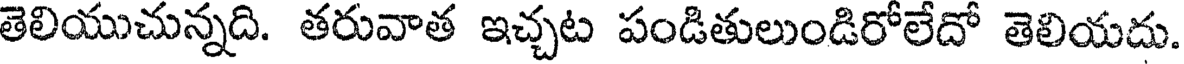
తెలియుచున్నది. తరువాత ఇచ్చట పండితులుండిరోలేదో తెలియదు